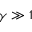
\gamma \gg 1